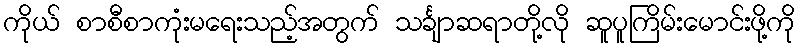
ကိုယ် စာစီစာကုံးမရေးသည့်အတွက် သင်္ချာဆရာတို့လို ဆူပူကြိမ်းမောင်းဖို့ကို